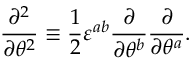
\frac { \partial ^ { 2 } } { \partial \theta ^ { 2 } } \equiv \frac { 1 } { 2 } \varepsilon ^ { a b } \frac { \partial } { \partial \theta ^ { b } } \frac { \partial } { \partial \theta ^ { a } } .